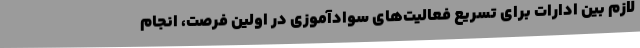
لازم بین ادارات برای تسریع فعالیت‌های سوادآموزی در اولین فرصت، انجام